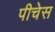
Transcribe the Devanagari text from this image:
पीचेस